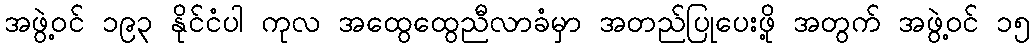
အဖွဲ့ဝင် ၁၉၃ နိုင်ငံပါ ကုလ အထွေထွေညီလာခံမှာ အတည်ပြုပေးဖို့ အတွက် အဖွဲ့ဝင် ၁၅